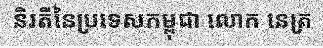
និរតីនៃប្រទេសកម្ពុជា លោក នេត្រ